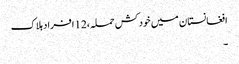
افغانستان میں خود کش حملہ،12 افراد ہلاک
۔